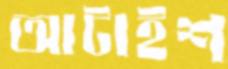
আটাইশ